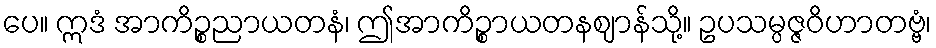
ပေ။ ဣဒံ အာကိဉ္စညာယတနံ၊ ဤအာကိဉ္စာယတနဈာန်သို့။ ဥပသမ္ပဇ္ဇဝိဟာတဗ္ဗံ၊